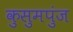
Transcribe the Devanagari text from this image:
कुसुमपुंज